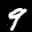
Label: 9